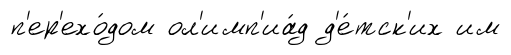
п'ер'ехо́дом ол'имп'иа́д д'е́тск'их им